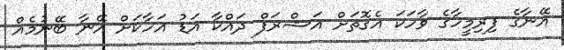
އޭނާގެ ފިރިމީހާގެ ވާހަކަ އެގޮތަށް އަޝްރަފް ދައްކާ އަޑު އަހާކަށް އޭނާ ބޭނުމެއް